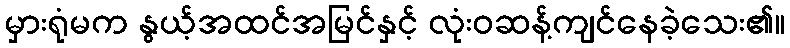
မှားရုံမက နွယ့်အထင်အမြင်နှင့် လုံးဝဆန့်ကျင်နေခဲ့သေး၏။